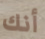
أنك